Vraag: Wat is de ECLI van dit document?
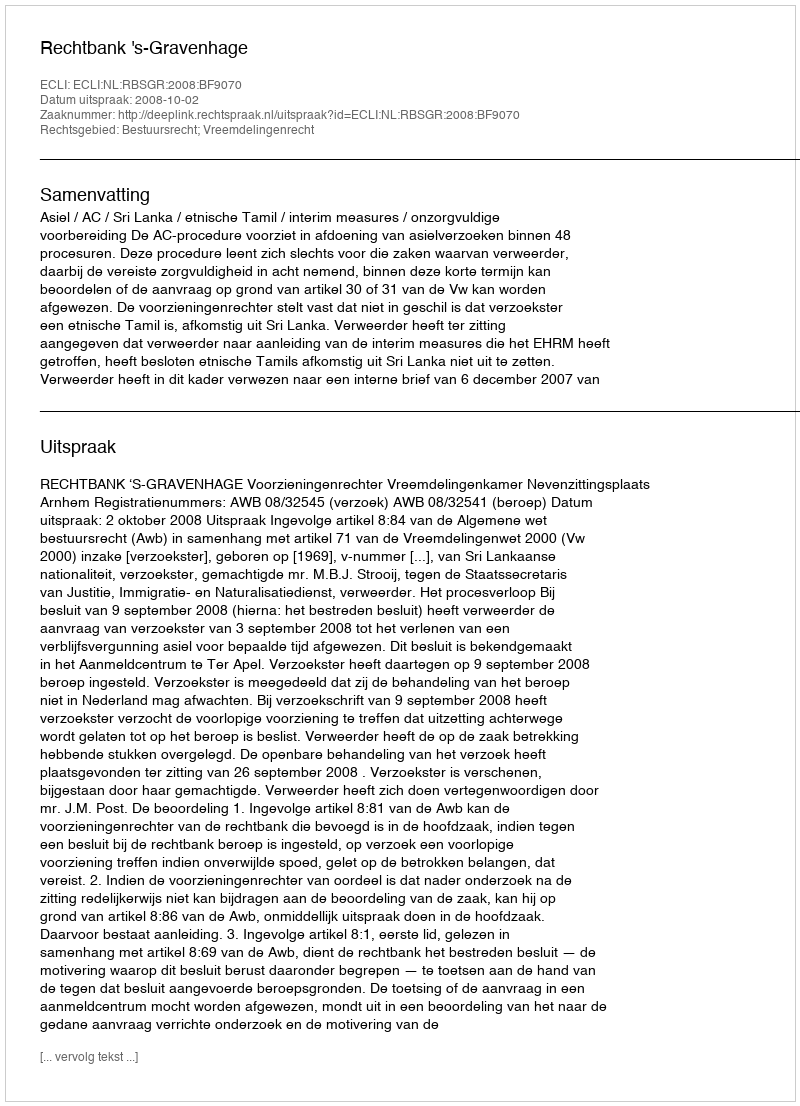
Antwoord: ECLI:NL:RBSGR:2008:BF9070